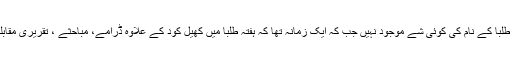
ایک طویل عرصہ گزرگیا کہ تعلیمی اداروں میں ہفتہ طلبا کے نام کی کوئی شے موجود نہیں جب کہ ایک زمانہ تھا کہ ہفتہ طلبا میں کھیل کود کے علاوہ ڈرامے، مباحثے ، تقریری مقابلے اور فنون لطیفہ کے دیگر پروگرام ہوا کرتے تھے۔